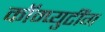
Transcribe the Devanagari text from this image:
कॉम्प्युटींग